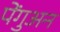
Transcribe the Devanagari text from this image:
पेंगुअन